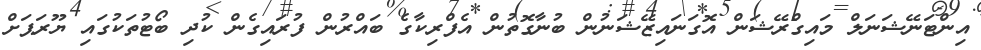
އިންޓަނޭޝަނަލް މައިގްރޭޝަން އޮގަނައިޒޭޝަނުން ބުނާގޮތުން އެފްރިކާގެ ބައްރުން ފުރައިގެން ކުދި ބޯޓުތަކުގައި ޔޫރަޕަށް